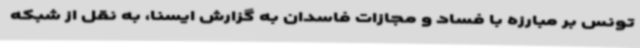
تونس بر مبارزه با فساد و مجازات فاسدان به گزارش ایسنا، به نقل از شبکه